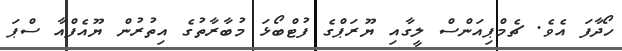
ހޯދާފަ އެވެ. ޗެމްޕިއަންސް ލީގާއި ޔޫރަޕްގެ ފުޓްބޯޅަ މުބާރާތުގެ އިތުރުން ޔޫއެފްއާ ސްޕަ